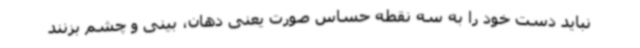
نباید دست خود را به سه نقطه حساس صورت یعنی دهان، بینی و چشم بزنند